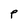
Character: P